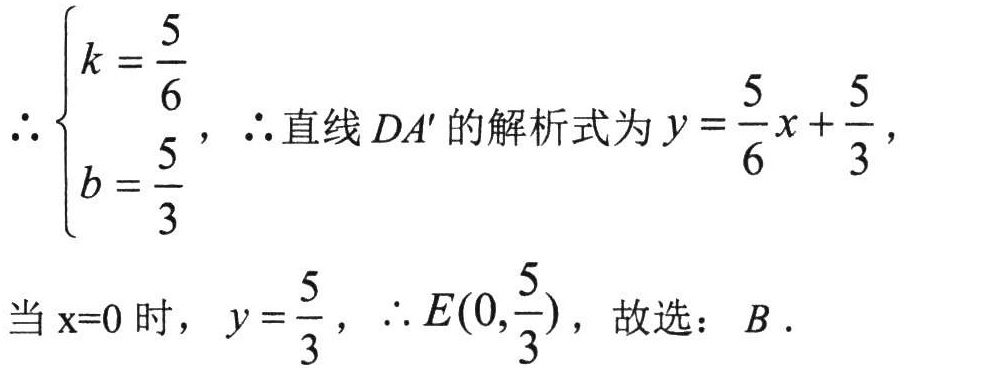
\(\therefore\begin{cases}k = \dfrac{5}{6}\\b=\dfrac{5}{3}\end{cases}\)，\(\therefore\)直线 \(DA'\) 的解析式为 \(y = \dfrac{5}{6}x+\dfrac{5}{3}\)，
当 \(\mathrm{x}=0\) 时，\(y = \dfrac{5}{3}\)，\(\therefore E(0,\dfrac{5}{3})\)，故选：\(B\).